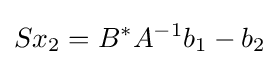
Sx_{2}=B^{*}A^{-1}b_{1}-b_{2}